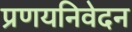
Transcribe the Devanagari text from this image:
प्रणयनिवेदन